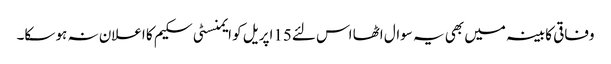
وفاقی کابینہ میں بھی یہ سوال اٹھا اس لئے15اپریل کو ایمنسٹی سکیم کا اعلان نہ ہو سکا۔